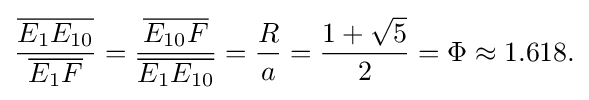
{\frac {\overline {E_{1}E_{10}}}{\overline {E_{1}F}}}={\frac {\overline {E_{10}F}}{\overline {E_{1}E_{10}}}}={\frac {R}{a}}={\frac {1+{\sqrt {5}}}{2}}=\Phi \approx 1.618{\text{.}}